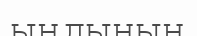
ындынын